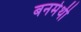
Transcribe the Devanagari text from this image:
बनमेथी